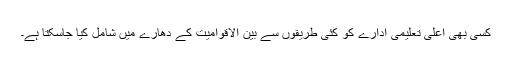
کسی بھی اعلیٰ تعلیمی ادارے کو کئی طریقوں سے بین الاقوامیت کے دھارے میں شامل کیا جاسکتا ہے۔